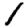
Digit: 1